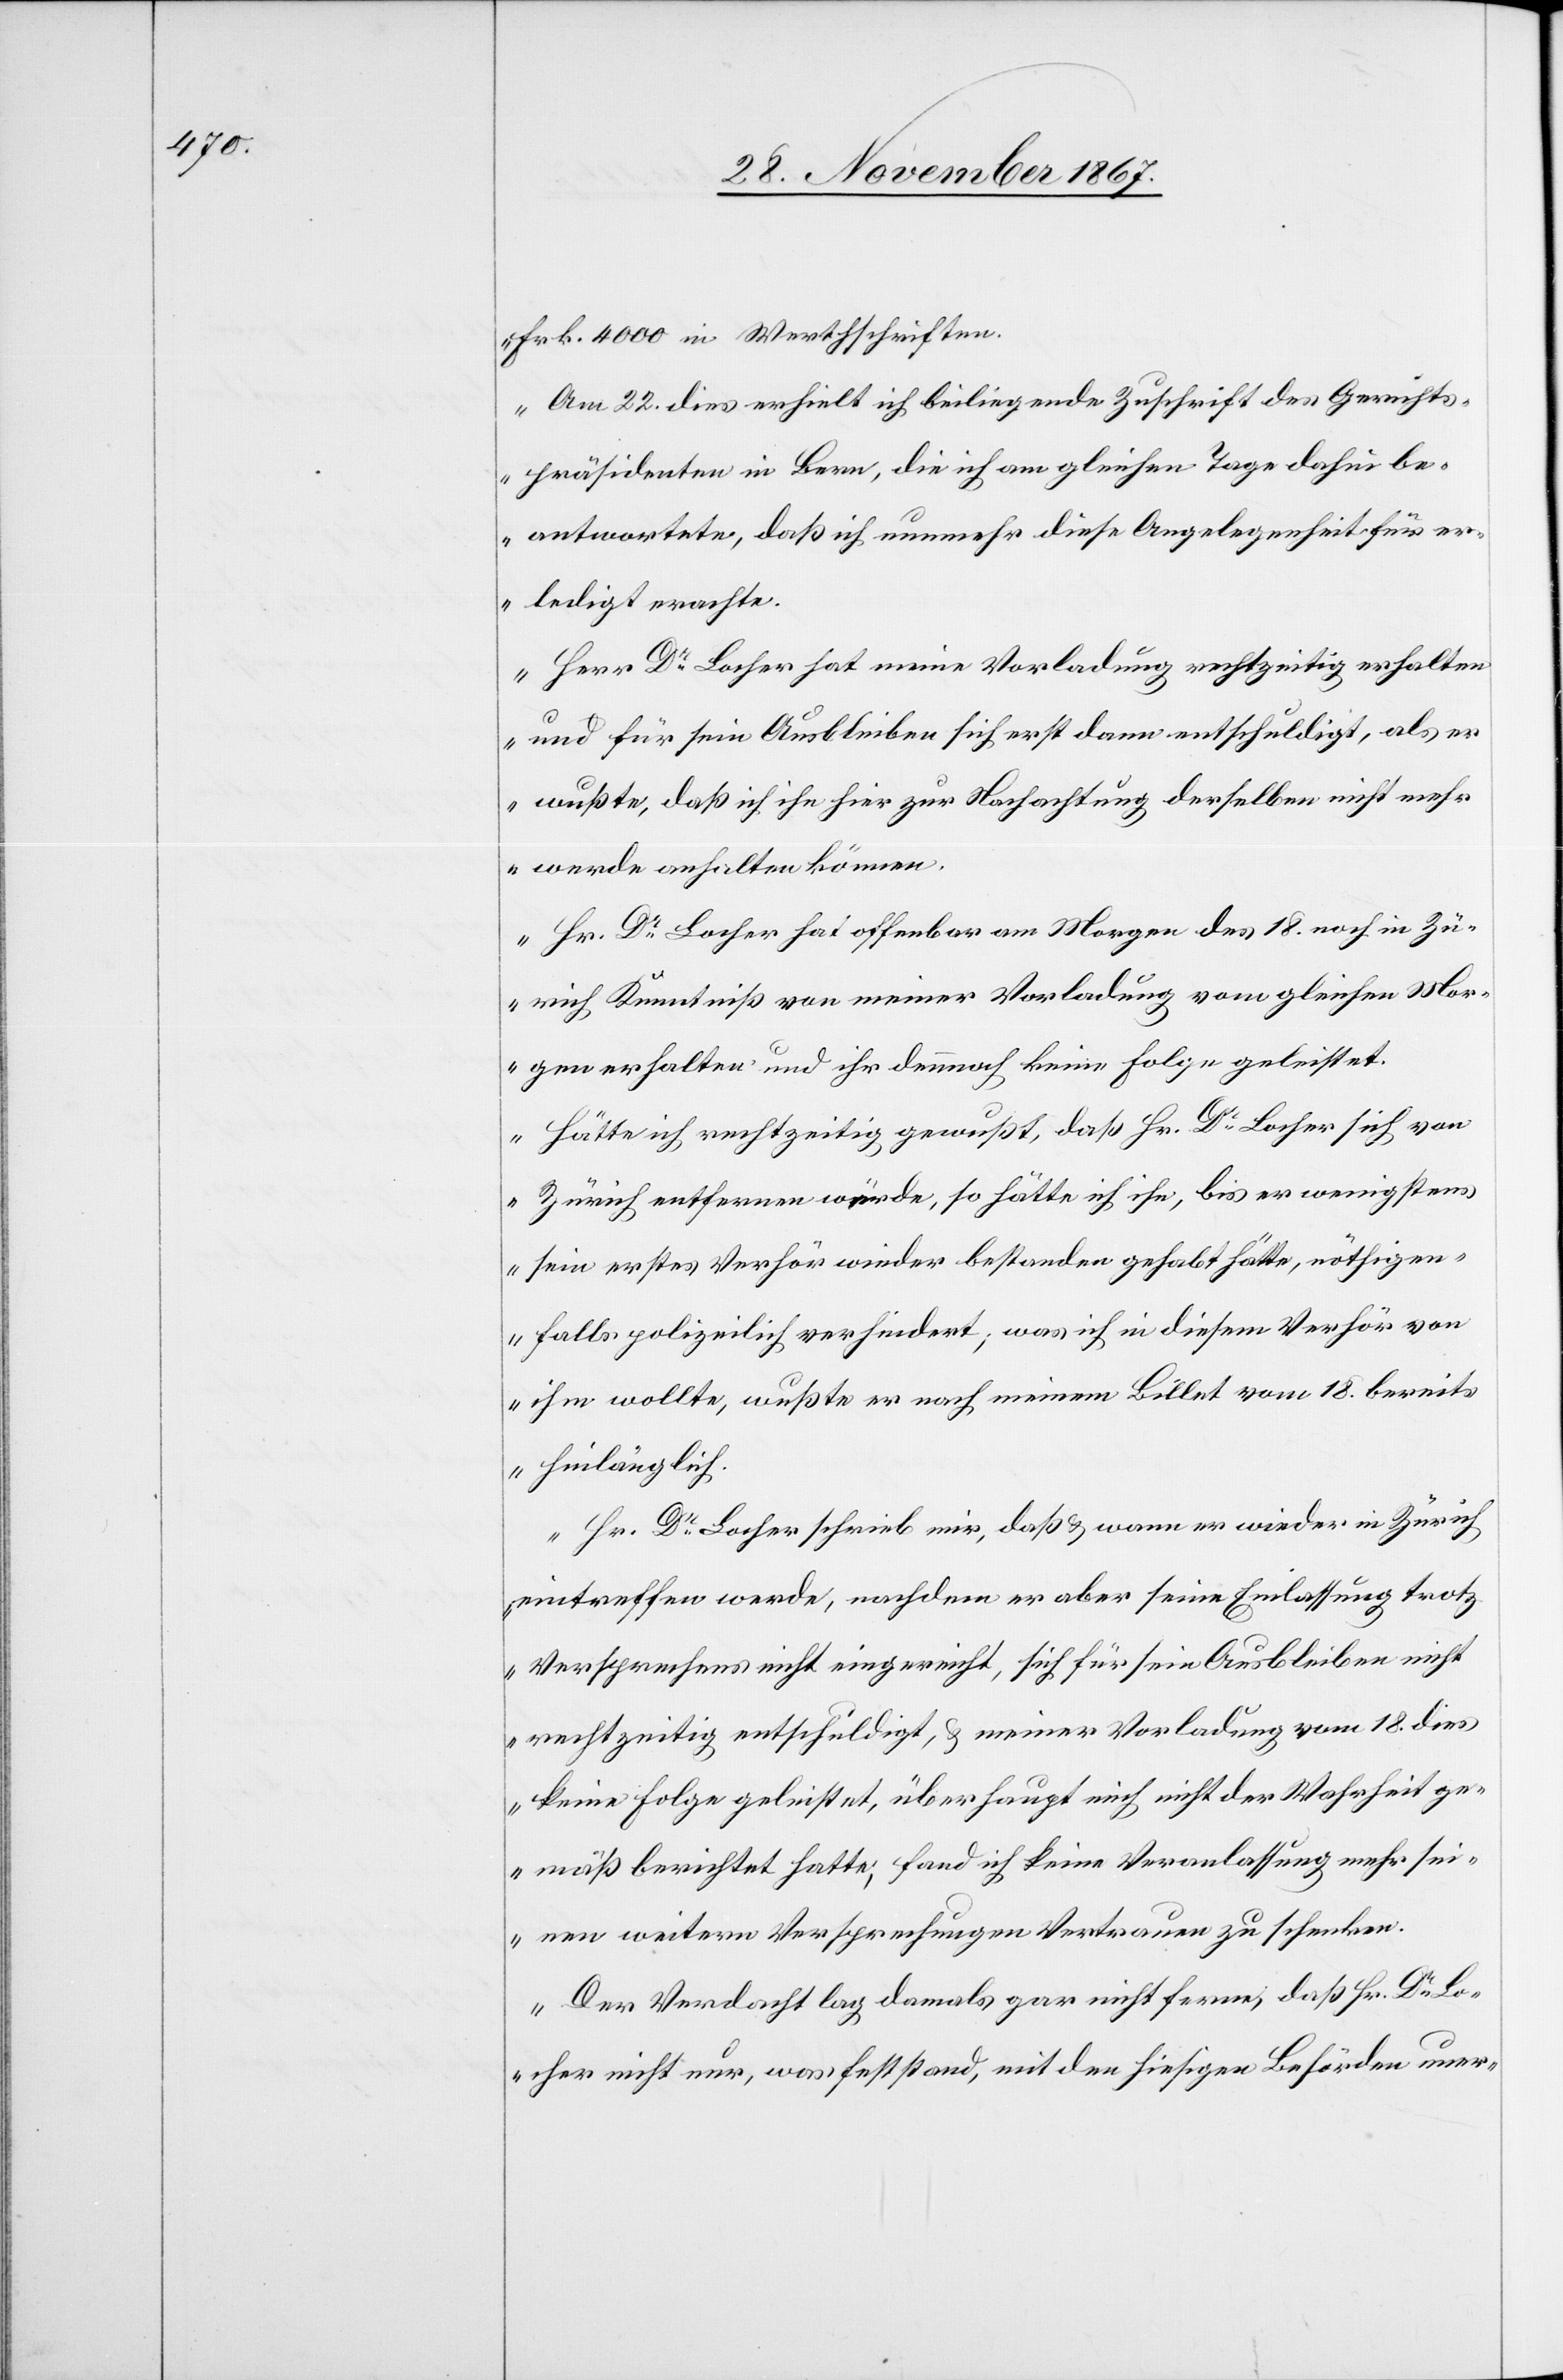
Frk. 4000 in Werthschriften.
Am 22. dies erhielt ich beiliegende Zuschrift des Gerichts¬
präsidenten in Bern, die ich am gleichen Tage dahin be¬
antwortete, daß ich nunmehr diese Angelegenheit für er¬
ledigt erachte.
Herr Dr. Locher hat meine Vorladung rechtzeitig erhalten
und für sein Ausbleiben sich erst dann entschuldigt, als er
wußte, daß ich ihn hier zur Nachachtung derselben nicht meh¬
r werde anhalten können.
Hr. Dr. Locher hat offenbar am Morgen des 18. noch in Zü¬
rich Kenntniß von meiner Vorladung vom gleichen Mor¬
gen erhalten und ihr dennoch keine Folge geleistet.
Hätte ich rechtzeitig gewußt, daß Hr. Dr. Locher sich von
Zürich entfernen würde, so hätte ich ihn, bis er wenigstens
sein erste Verhör wieder bestanden gehabt hätte, nöthigen¬
falls polizeilich verhindert, was ich in diesem Verhör von
ihm wollte, wußte er nach meinem Billet vom 18. bereits
hinlänglich.
Hr. Dr. Locher schrieb mir, daß u. wann er wieder in Zürich
eintreffen werde, nachdem er aber seine Einlassung trotz
Versprechen nicht eingereicht, sich für sein Ausbleiben nicht
rechtzeitig entschuldigt, u. meiner Vorladung vom 18. dies
seinen weitern Versprechungen Vertrauen zu schenken.
Der Verdacht lag damals gar nicht ferne, daß Hr. Dr. L¬
ocher nicht nur, was feststand, mit den hiesigen Behörden uner-